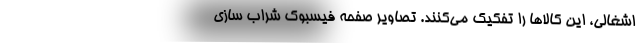
اشغالی، این کالاها را تفکیک می‌کنند. تصاویر صفحه فیسبوک شراب سازی